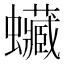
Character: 𧕨